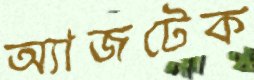
অ্যাজটেক